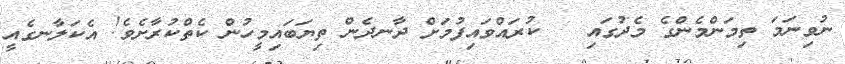
ނުވިނަމަ ތިމަންމެންގެ މެދުގައި   ކުރައްވައިފުމަށް ދާނދެން ތިޔަބައިމީހުން ކެތްކުރާށެވެ! އެކަލާނގެއީ